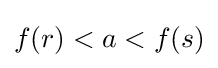
f(r)<a<f(s)